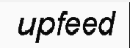
upfeed